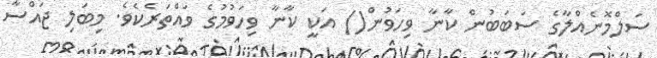
ސަލްމޮނެއްލާގެ ސަބަބުން ކާނާ ވިހަވުން() އަކީ ކާނާ ވިހަވުމުގެ ވައްތަރެކެވެ. މިބަލި ޖައްސާ